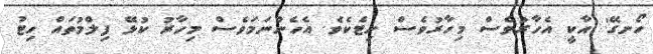
ހޯނގޭ' އާކީ އެހާރުވެސް މިހާރުވެސް ހިޓެކެވެ. އެހެންނަމަވެސް މިހާރު ކުޅޭ ފިލްމުތައް ހިޓު